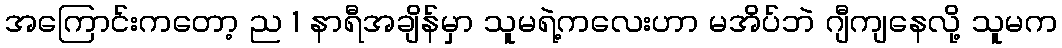
အကြောင်းကတော့ ည 1 နာရီအချိန်မှာ သူမရဲ့ကလေးဟာ မအိပ်ဘဲ ဂျီကျနေလို့ သူမက